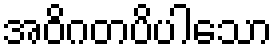
အဝိဂတပိပါသော